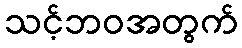
သင့်ဘဝအတွက်